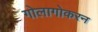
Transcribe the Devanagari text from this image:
गोलागोकरन